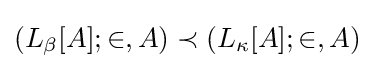
(L_{\beta }[A];\in ,A)\prec (L_{\kappa }[A];\in ,A)